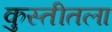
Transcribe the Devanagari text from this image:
कुस्तीतला